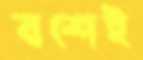
বশেই